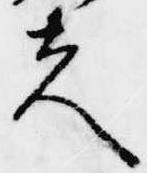
夫